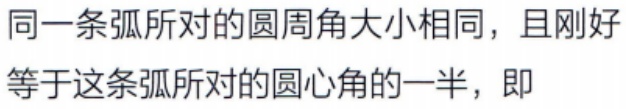
同一条弧所对的圆周角大小相同，且刚好等于这条弧所对的圆心角的一半，即